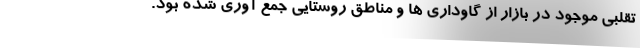
تقلبی موجود در بازار از گاوداری ها ‌و مناطق روستایی جمع آوری شده بود.